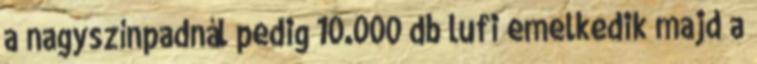
a nagyszínpadnál pedig 10.000 db lufi emelkedik majd a